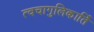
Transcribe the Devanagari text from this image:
त्वचागुलिकार्ति